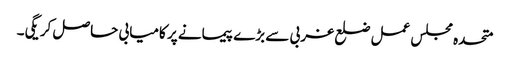
متحدہ مجلس عمل ضلع غربی سے بڑے پیمانے پر کامیابی حاصل کریگی۔